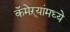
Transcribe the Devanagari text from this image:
कॅमेऱ्यांमध्ये